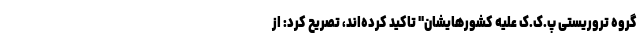
گروه تروریستی پ.ک.ک علیه کشورهایشان" تاکید کرده‌اند، تصریح کرد: از